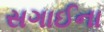
સગાઈના